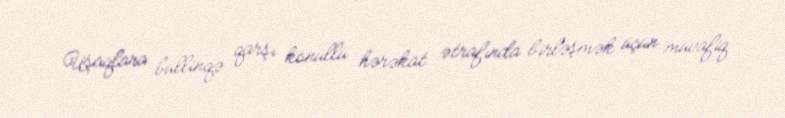
Uşaqlara bullinqə qarşı könüllü hərəkat ətrafında birləşmək üçün müvafiq